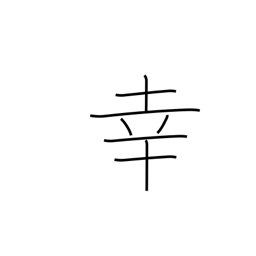
Meaning: fortune